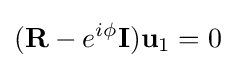
(\mathbf {R} -e^{i\phi }\mathbf {I} )\mathbf {u} _{1}=0